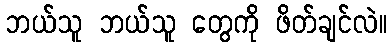
ဘယ်သူ ဘယ်သူ တွေကို ဖိတ်ချင်လဲ။